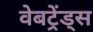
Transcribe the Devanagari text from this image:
वेबट्रेंड्स